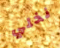
نخلي